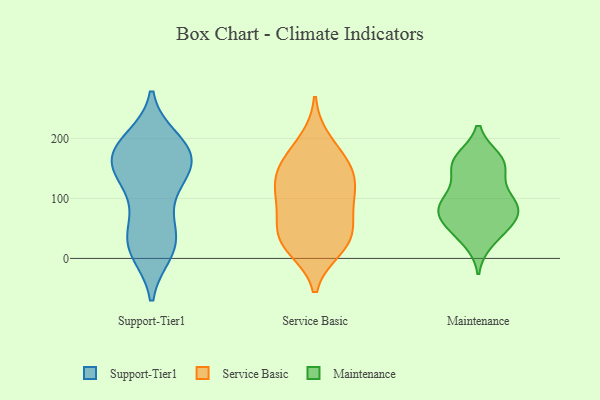
{"axis": {"x": "Waste Production (Tons)", "y": "Value"}, "legend": ["Maintenance", "Service Basic", "Support-Tier1"], "data": [{"x": "", "y": 23, "type": "Support-Tier1"}, {"x": "", "y": 159, "type": "Support-Tier1"}, {"x": "", "y": 176, "type": "Support-Tier1"}, {"x": "", "y": 198, "type": "Support-Tier1"}, {"x": "", "y": 10, "type": "Support-Tier1"}, {"x": "", "y": 121, "type": "Support-Tier1"}, {"x": "", "y": 14, "type": "Support-Tier1"}, {"x": "", "y": 128, "type": "Support-Tier1"}, {"x": "", "y": 157, "type": "Support-Tier1"}, {"x": "", "y": 166, "type": "Support-Tier1"}, {"x": "", "y": 195, "type": "Support-Tier1"}, {"x": "", "y": 191, "type": "Support-Tier1"}, {"x": "", "y": 152, "type": "Support-Tier1"}, {"x": "", "y": 37, "type": "Support-Tier1"}, {"x": "", "y": 180, "type": "Support-Tier1"}, {"x": "", "y": 52, "type": "Support-Tier1"}, {"x": "", "y": 14, "type": "Support-Tier1"}, {"x": "", "y": 161, "type": "Support-Tier1"}, {"x": "", "y": 113, "type": "Support-Tier1"}, {"x": "", "y": 62, "type": "Support-Tier1"}, {"x": "", "y": 79, "type": "Service Basic"}, {"x": "", "y": 94, "type": "Service Basic"}, {"x": "", "y": 196, "type": "Service Basic"}, {"x": "", "y": 111, "type": "Service Basic"}, {"x": "", "y": 146, "type": "Service Basic"}, {"x": "", "y": 36, "type": "Service Basic"}, {"x": "", "y": 154, "type": "Service Basic"}, {"x": "", "y": 20, "type": "Service Basic"}, {"x": "", "y": 165, "type": "Service Basic"}, {"x": "", "y": 43, "type": "Service Basic"}, {"x": "", "y": 109, "type": "Service Basic"}, {"x": "", "y": 41, "type": "Service Basic"}, {"x": "", "y": 17, "type": "Service Basic"}, {"x": "", "y": 137, "type": "Service Basic"}, {"x": "", "y": 80, "type": "Maintenance"}, {"x": "", "y": 74, "type": "Maintenance"}, {"x": "", "y": 40, "type": "Maintenance"}, {"x": "", "y": 163, "type": "Maintenance"}, {"x": "", "y": 104, "type": "Maintenance"}, {"x": "", "y": 50, "type": "Maintenance"}, {"x": "", "y": 88, "type": "Maintenance"}, {"x": "", "y": 71, "type": "Maintenance"}, {"x": "", "y": 125, "type": "Maintenance"}, {"x": "", "y": 65, "type": "Maintenance"}, {"x": "", "y": 92, "type": "Maintenance"}, {"x": "", "y": 154, "type": "Maintenance"}, {"x": "", "y": 163, "type": "Maintenance"}, {"x": "", "y": 90, "type": "Maintenance"}, {"x": "", "y": 166, "type": "Maintenance"}, {"x": "", "y": 29, "type": "Maintenance"}, {"x": "", "y": 153, "type": "Maintenance"}]}